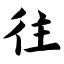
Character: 往